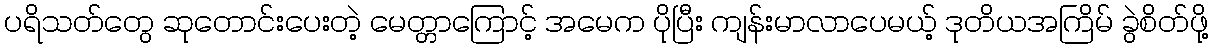
ပရိသတ်တွေ ဆုတောင်းပေးတဲ့ မေတ္တာကြောင့် အမေက ပိုပြီး ကျန်းမာလာပေမယ့် ဒုတိယအကြိမ် ခွဲစိတ်ဖို့